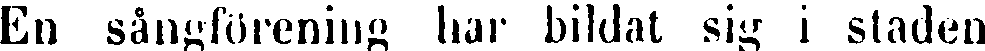
En sångförening har bildat sig i staden